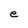
Character: e